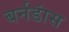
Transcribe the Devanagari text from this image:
बर्नडांस